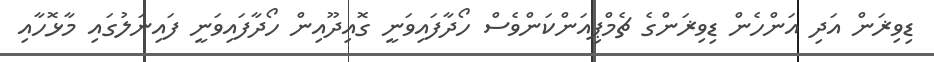
ޑިވިޜަން އަދި އަންހެން ޑިވިޜަންގެ ޗެމްޕިއަންކަންވެސް ހޯދާފައިވަނީ ގޮއިދޫއިން ހޯދާފައިވަނީ ފައިނަލުގައި މާޅޮހާއި